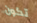
تكون